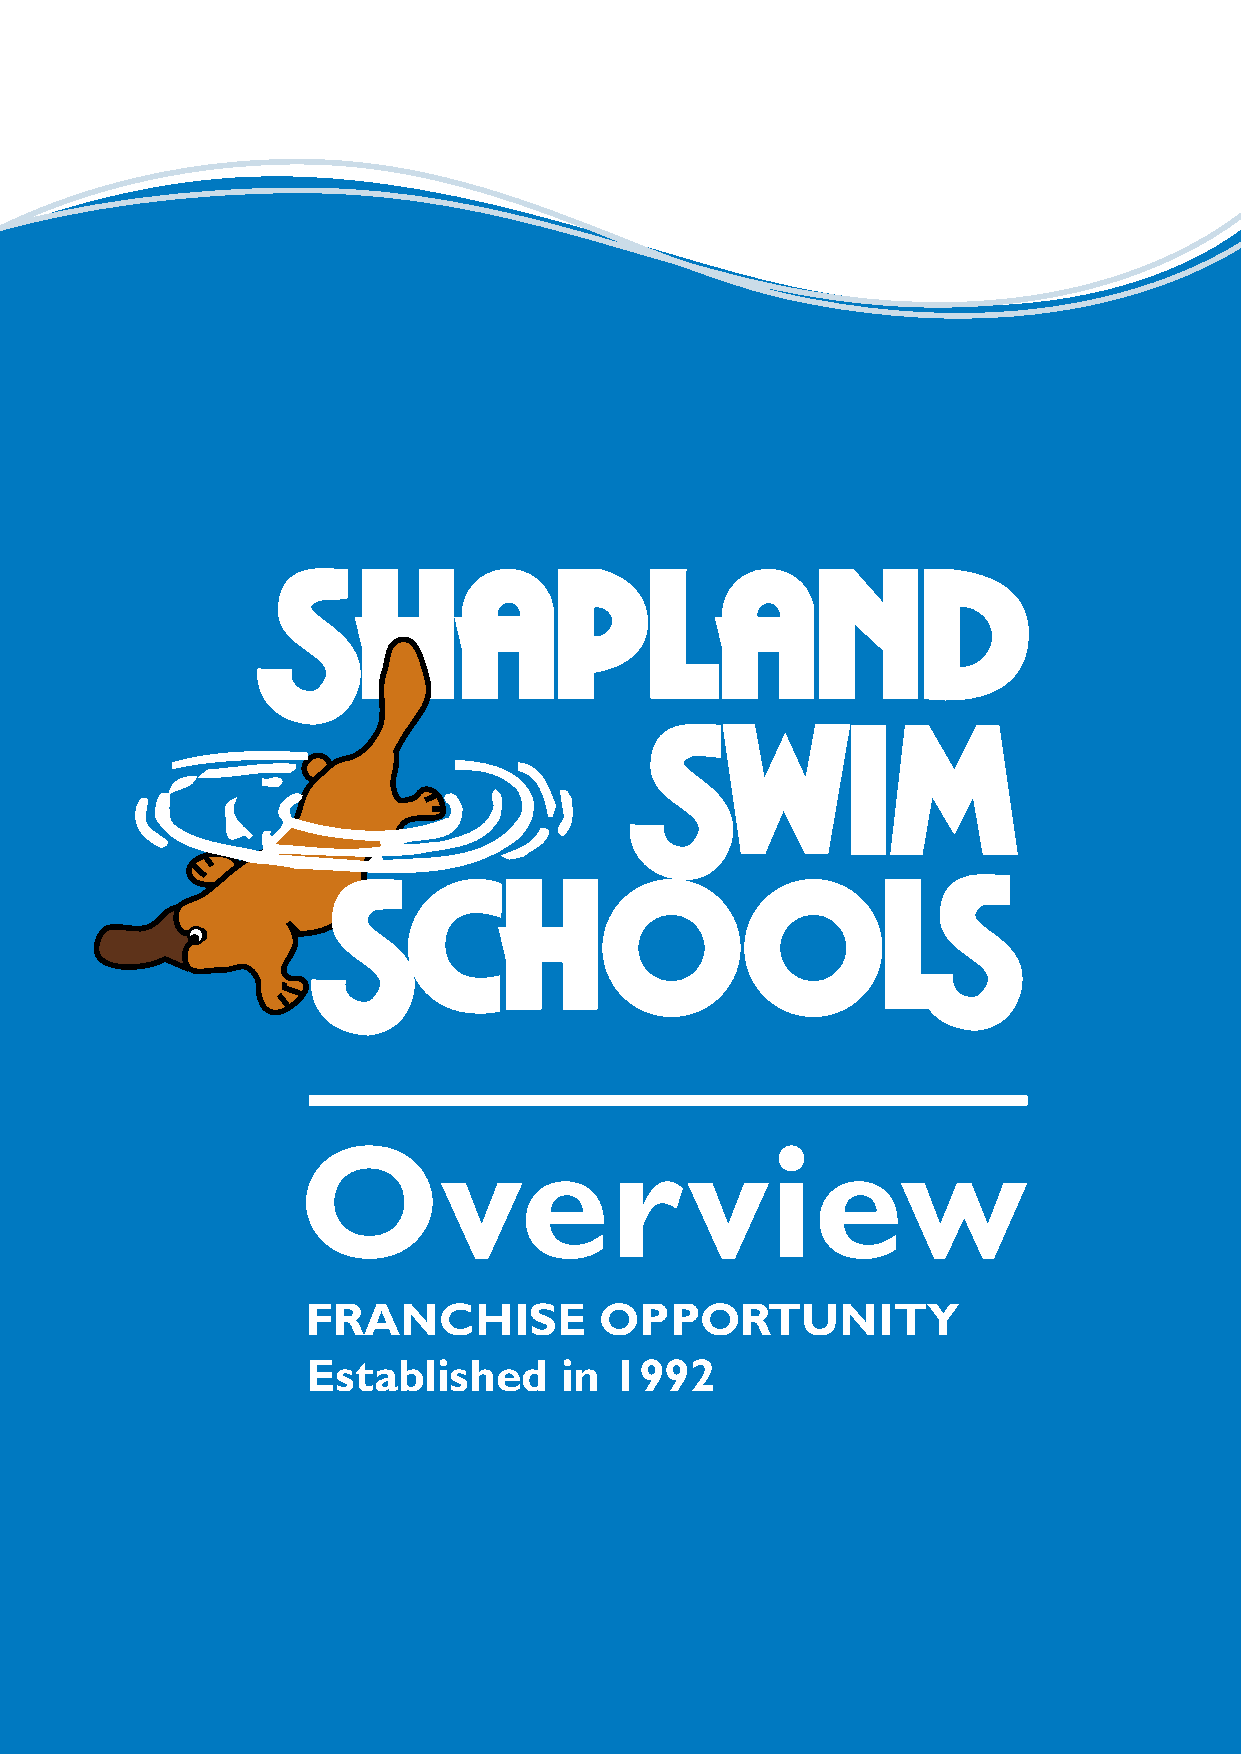
FRANCHISE           OPPORTUNITY
 Established      in  1992